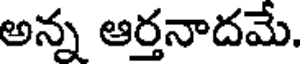
అన్న ఆర్తనాదమే.